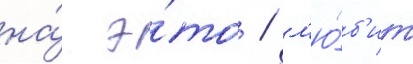
на́ э́то / л'ю́б'ит